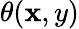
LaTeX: \theta(\mathbf{x},y)